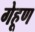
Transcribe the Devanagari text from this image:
गेहूण